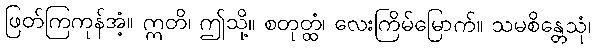
ဖြတ်ကြကုန်အံ့။ ဣတိ၊ ဤသို့။ စတုတ္ထံ၊ လေးကြိမ်မြောက်။ သမစိန္တေသုံ၊